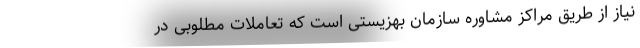
نیاز از طریق مراکز مشاوره سازمان بهزیستی است که تعاملات مطلوبی در